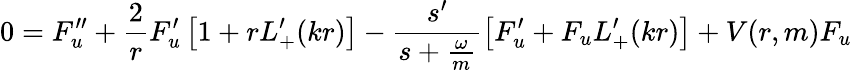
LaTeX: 0=F_{u}^{\prime\prime}+\frac{2}{r}F_{u}^{\prime}\left[1+rL_{+}^{\prime}(kr)\right]-\frac{s^{\prime}}{s+\frac{\omega}{m}}\left[F_{u}^{\prime}+F_{u}L_{+}^{\prime}(kr)\right]+V(r,m)F_{u}